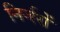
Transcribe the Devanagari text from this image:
निर्जरों